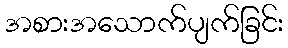
အစားအသောက်ပျက်ခြင်း